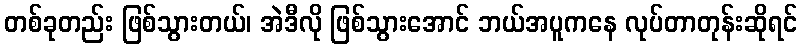
တစ်ခုတည်း ဖြစ်သွားတယ်၊ အဲဒီလို ဖြစ်သွားအောင် ဘယ်အပူကနေ လုပ်တာတုန်းဆိုရင်